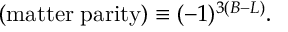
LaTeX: ( \mathrm { m a t t e r \; p a r i t y } ) \equiv ( - 1 ) ^ { 3 ( B - L ) } .